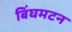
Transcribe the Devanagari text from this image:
बिंघमटन